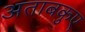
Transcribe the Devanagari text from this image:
अताबकुए